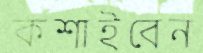
কশাইবেন